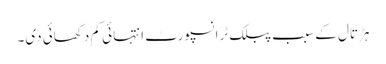
ہڑتال کے سبب پبلک ٹرانسپورٹ انتہائی کم دکھائی دی۔